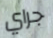
جراي